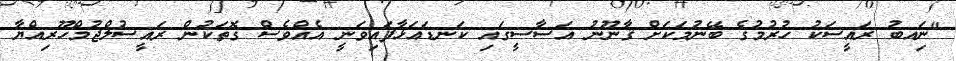
"ނަިއބު ރައީސަކު ހުރުމުގެ ބޭނުމަކަށް ޤާނޫނު އަސާސީގައި ކަނޑައަޅާފައިވަނީ އެއްވެސް ގޮތަކުން ރައީސުލްޖުމްހޫރިއްޔާ